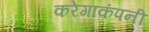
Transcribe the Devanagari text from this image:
करेगाकंपनी